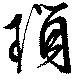
瑣